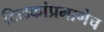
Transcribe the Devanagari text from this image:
टिळकांप्रमाणेच